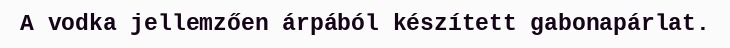
A vodka jellemzően árpából készített gabonapárlat.